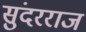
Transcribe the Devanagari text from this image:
सुंदरराज